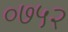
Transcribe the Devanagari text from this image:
०७५२